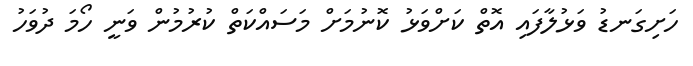
ހަށިގަނޑު ވަޅުލާފައި އޮތް ކަށްވަޅު ކޮނުމަށް މަސައްކަތް ކުރުމުން ވަނީ ހޯމަ ދުވަހު